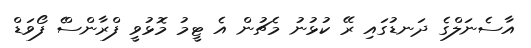
އާސެނަލްގެ ދަނޑުގައި ރޭ ކުޅުނު މެޗުން އެ ޓީމު މޮޅުވީ ފްރާންސްެ ފޯވަޑް